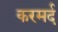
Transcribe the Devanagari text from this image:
करमर्द